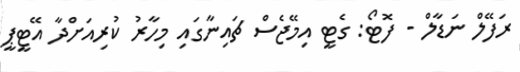
ރަފޭލް ނަޑާލް - ފޮޓޯ: ގެޓީ އިމޭޖެސް ޗައިނާގައި މިހާރު ކުރިއަށްދާ އޭޓީޕީ